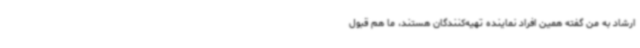
ارشاد به من گفته همین افراد نماینده‌ تهیه‌کنندگان هستند، ما هم قبول